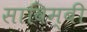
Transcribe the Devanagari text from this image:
साविम्बी